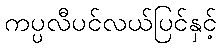
ကပ္ပလီပင်လယ်ပြင်နှင့်